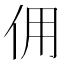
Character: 佣